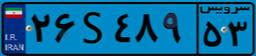
۲۶S۴۸۹۵۳